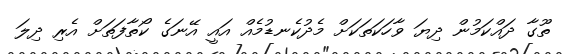
ތޫގާ ދައްކަމުން ދިޔަ ވާހަކަތަކަށް މެދުކެނޑުމެއް އައީ އޭނަގެ ކޯތާފަތަށް އެރި ދިލަ